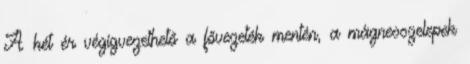
A két ér végigvezethető a fővezeték mentén, a mágnesszelepek